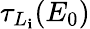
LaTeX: \tau_{L_{\mathbf{i}}}(E_{0})